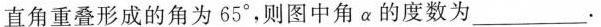
直角重叠形成的角为65°，则图中角α的度数为___.